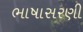
ભાષાસરણી